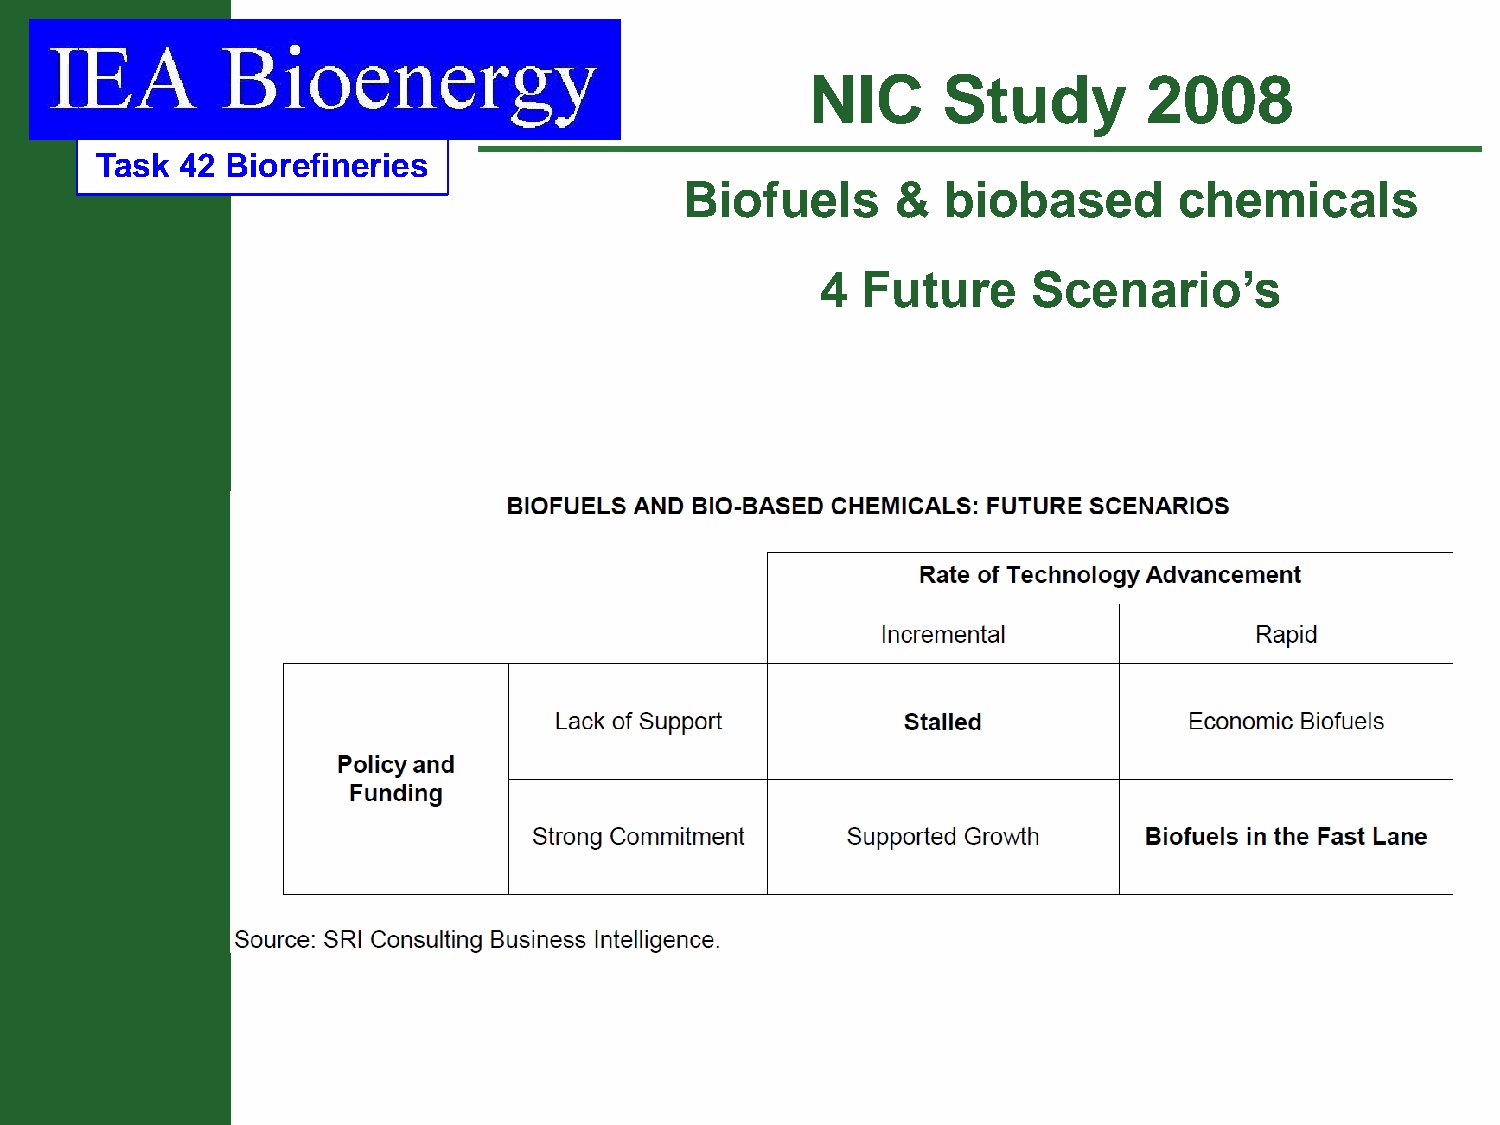
NIC     Study         2008
 Task  42 Biorefineries
 Biofuels      &   biobased       chemicals
 4  Future     Scenario’s